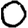
Digit: 0